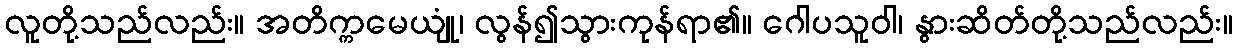
လူတို့သည်လည်း။ အတိက္ကမေယျုံ၊ လွန်၍သွားကုန်ရာ၏။ ဂေါပသူဝါ၊ နွားဆိတ်တို့သည်လည်း။